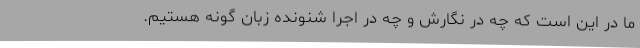
ما در این است که چه در نگارش و چه در اجرا شنونده زبان گونه هستیم.